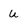
Character: u